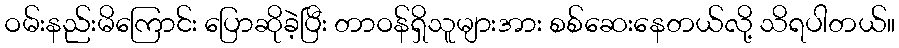
ဝမ်းနည်းမိကြောင်း ပြောဆိုခဲ့ပြီး တာဝန်ရှိသူများအား စစ်ဆေးနေတယ်လို့ သိရပါတယ်။